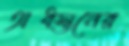
অধস্তনের